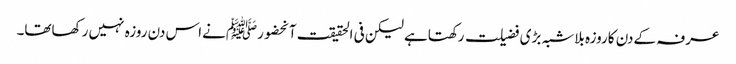
عرفہ کےدن کاروزہ بلاشبہ بڑی فضیلت رکھتاہے لیکن فی الحقیقت آنحضورﷺنےاس دن روزہ نہیں رکھاتھا۔